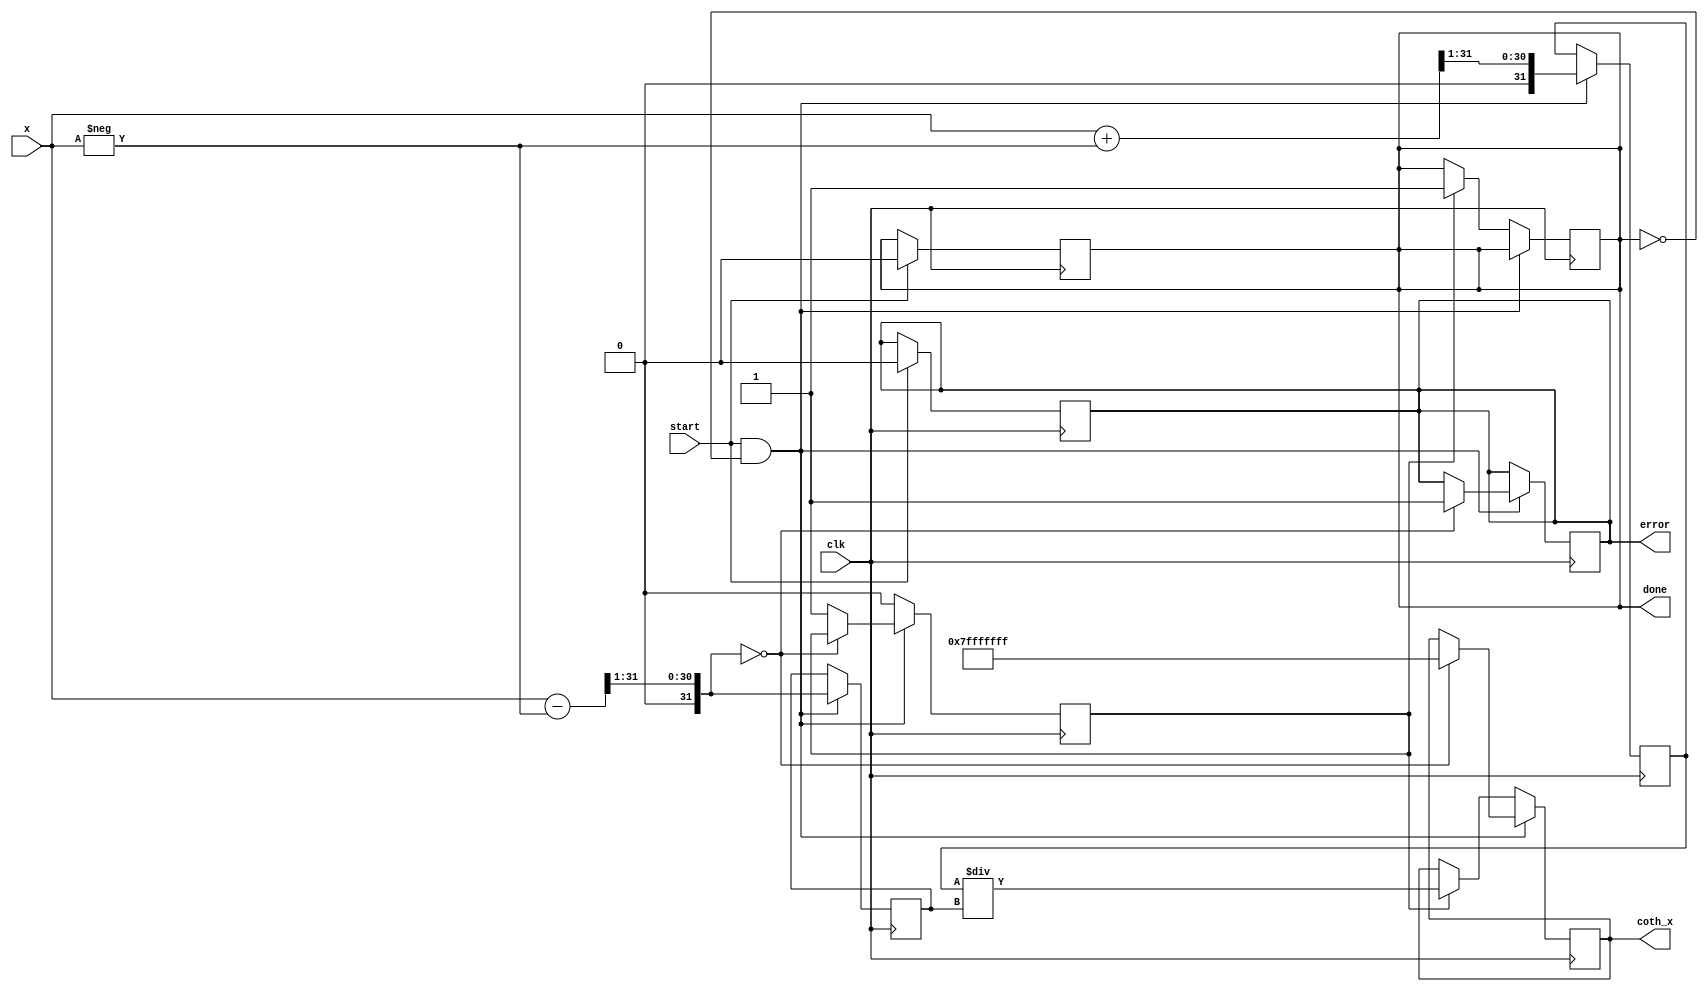
module hyperbolic_cotangent (
    input wire [31:0] x,            // Input signal (32-bit float)
    input wire clk,                 // Clock signal
    input wire start,               // Start signal
    output reg [31:0] coth_x,       // Output signal (32-bit float)
    output reg done,                // Done signal
    output reg error                // Error flag
);

    reg [31:0] exp_x, exp_neg_x;    // Exponential values
    reg [31:0] cosh_x, sinh_x;      // Hyperbolic functions
    reg division_active;             // Indicates that division is active

    // Exponential function - Placeholder
    function [31:0] exp_function(input [31:0] value);
        begin
            // Implement your exponential calculation here
            // This is a placeholder, needs to be replaced with proper implementation
            exp_function = value; // Identity for now
        end
    endfunction

    // Simple combinatorial logic to update the cotangent computation
    always @(posedge clk) begin
        if (start && !done) begin
            // Step 1: Compute e^x and e^(-x)
            exp_x = exp_function(x);
            exp_neg_x = exp_function(-x);

            // Step 2: Compute cosh(x) and sinh(x)
            cosh_x = (exp_x + exp_neg_x) >> 1;
            sinh_x = (exp_x - exp_neg_x) >> 1;

            // Step 3: Check for zero division
            if (sinh_x == 0) begin
                coth_x = 32'h7FFFFFFF; // Representing infinity
                error = 1'b1;           // Set error flag for division by zero
            end else begin
                division_active = 1'b1; // Start division
            end
        end else if (division_active) begin
            // Division: coth(x) = cosh(x) / sinh(x)
            // This is a naive division - a proper implementation would handle fixed-point math
            coth_x = cosh_x / sinh_x; // Replace with appropriate fixed-point division
            done = 1'b1;               // Mark computation as complete
            division_active = 1'b0;    // Reset division status
        end
    end

    // Control signal to reset done and error on new start
    always @(posedge clk) begin
        if (start) begin
            done = 1'b0;
            error = 1'b0; // Reset error flag on new start
        end
    end

endmodule